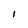
Character: 1